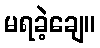
မရခဲ့ချေ။